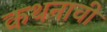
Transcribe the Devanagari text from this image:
कथनाची